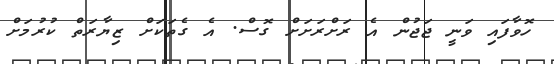
ހޮވާފައި ވަނީ ޖަޖުން އެ ރަށްރަށަށް ގޮސް. އެ ގެތަކަށް ޒިޔާރަތް ކުރުމަށް